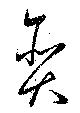
貪